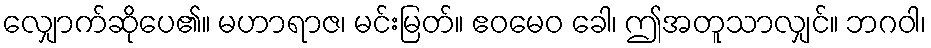
လျှောက်ဆိုပေ၏။ မဟာရာဇ၊ မင်းမြတ်။ ဧဝမေဝ ခေါ၊ ဤအတူသာလျှင်။ ဘဂဝါ၊